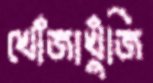
খোঁজাখুঁজি